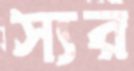
স্যর